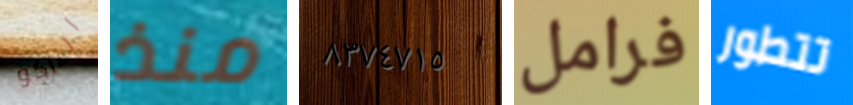
التاكو منذ ٨٣٧٤٧١٥ فرامل تتطور